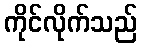
ကိုင်လိုက်သည်